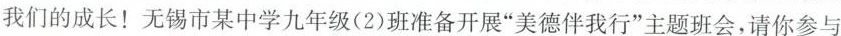
我们的成长！无锡市某中学九年级(2)班准备开展”美德伴我行”主题班会，请你参与